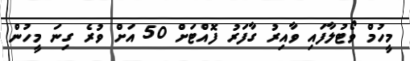
މީހުމް ވޯޓުލާފައި ވާއިރު ގާފަރު ފޮއްޓަށް 50 އަށް ވުރެ ގިނަ މީހުން